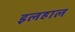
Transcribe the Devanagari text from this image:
इलहाल